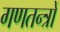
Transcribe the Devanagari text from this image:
गणतन्त्रों